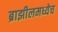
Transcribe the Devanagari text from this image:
ब्राझीलमध्येच